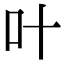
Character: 叶